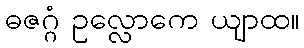
ဓဇဂ္ဂံ ဥလ္လောကေ ယျာထ။